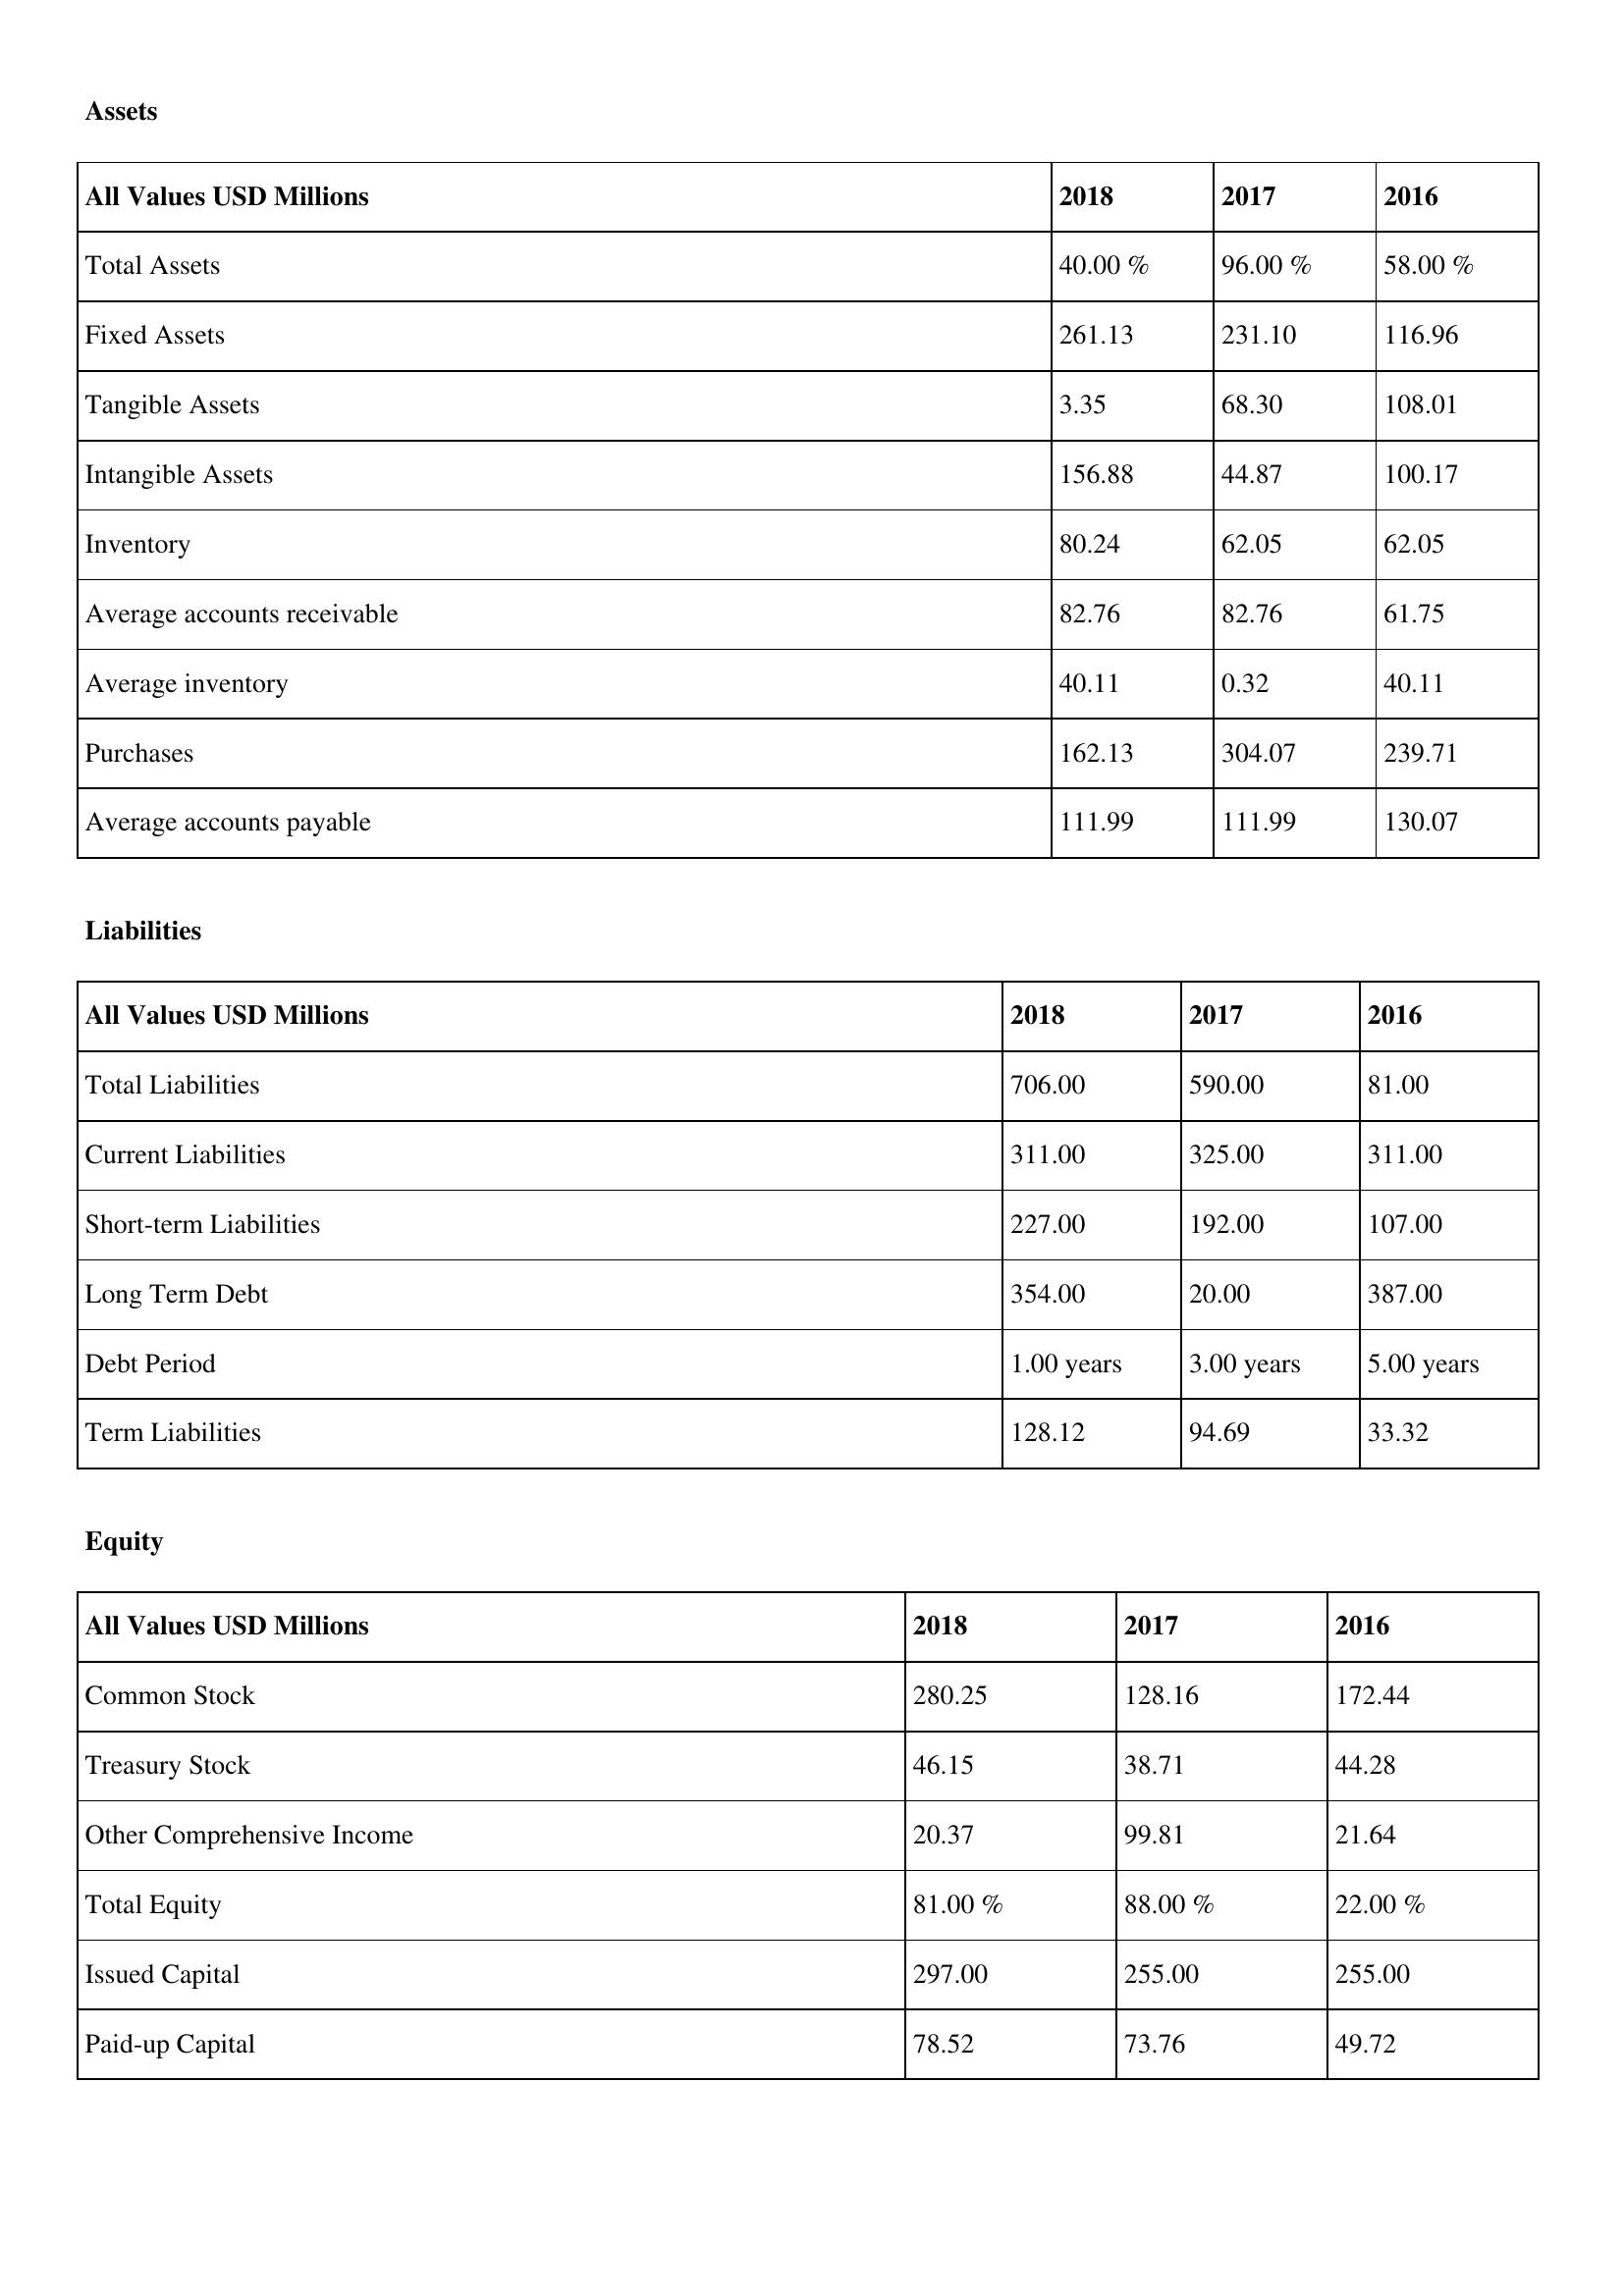
gt_parse: 2018: Assets: Total Assets: 40.00 %
Fixed Assets: 261.13
Tangible Assets: 3.35
Intangible Assets: 156.88
Inventory: 80.24
Average accounts receivable: 82.76
Average inventory: 40.11
Purchases: 162.13
Average accounts payable: 111.99
Liabilities: Total Liabilities: 706.00
Current Liabilities: 311.00
Short-term Liabilities: 227.00
Long Term Debt: 354.00
Debt Period: 1.00 years
Term Liabilities: 128.12
Equity: Common Stock: 280.25
Treasury Stock: 46.15
Other Comprehensive Income: 20.37
Total Equity: 81.00 %
Issued Capital: 297.00
Paid-up Capital: 78.52
2017: Assets: Total Assets: 96.00 %
Fixed Assets: 231.10
Tangible Assets: 68.30
Intangible Assets: 44.87
Inventory: 62.05
Average accounts receivable: 82.76
Average inventory: 0.32
Purchases: 304.07
Average accounts payable: 111.99
Liabilities: Total Liabilities: 590.00
Current Liabilities: 325.00
Short-term Liabilities: 192.00
Long Term Debt: 20.00
Debt Period: 3.00 years
Term Liabilities: 94.69
Equity: Common Stock: 128.16
Treasury Stock: 38.71
Other Comprehensive Income: 99.81
Total Equity: 88.00 %
Issued Capital: 255.00
Paid-up Capital: 73.76
2016: Assets: Total Assets: 58.00 %
Fixed Assets: 116.96
Tangible Assets: 108.01
Intangible Assets: 100.17
Inventory: 62.05
Average accounts receivable: 61.75
Average inventory: 40.11
Purchases: 239.71
Average accounts payable: 130.07
Liabilities: Total Liabilities: 81.00
Current Liabilities: 311.00
Short-term Liabilities: 107.00
Long Term Debt: 387.00
Debt Period: 5.00 years
Term Liabilities: 33.32
Equity: Common Stock: 172.44
Treasury Stock: 44.28
Other Comprehensive Income: 21.64
Total Equity: 22.00 %
Issued Capital: 255.00
Paid-up Capital: 49.72